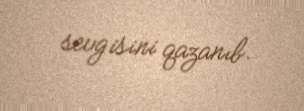
sevgisini qazanıb.